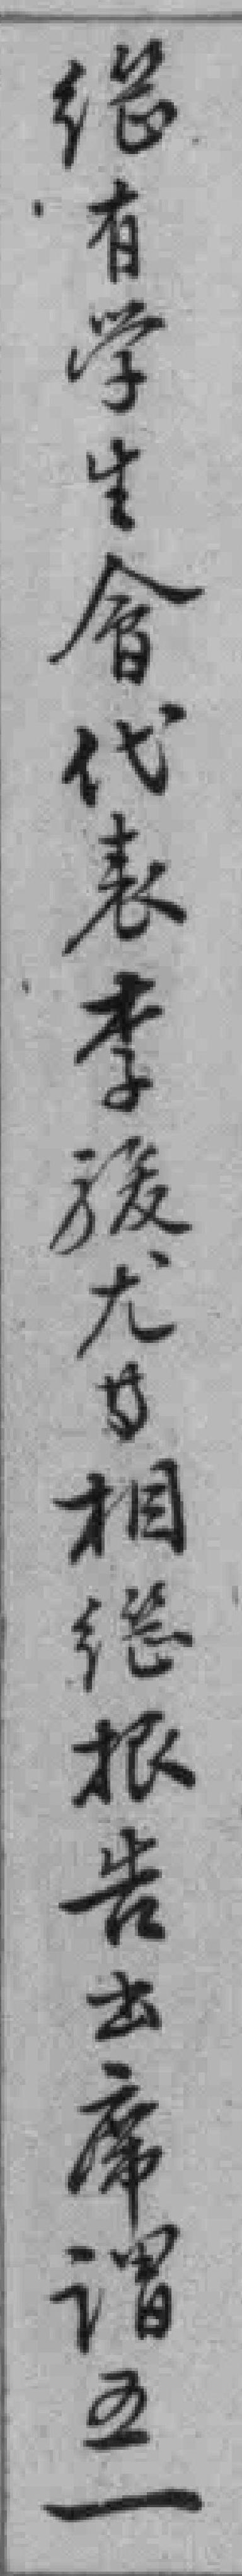
總有学生會代表李*尤*相総报告出席谓五一